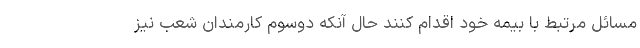
مسائل مرتبط با بیمه خود اقدام کنند حال آنکه دوسوم کارمندان شعب نیز